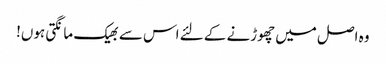
وہ اصل میں چھوڑنے کے لئے اس سے بھیک مانگتی ہوں!